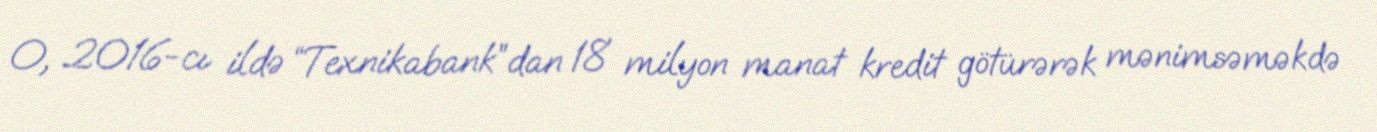
O, 2016-cı ildə “Texnikabank”dan 18 milyon manat kredit götürərək mənimsəməkdə